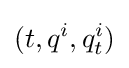
(t,q^{i},q_{t}^{i})